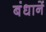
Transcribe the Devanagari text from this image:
बंधानें